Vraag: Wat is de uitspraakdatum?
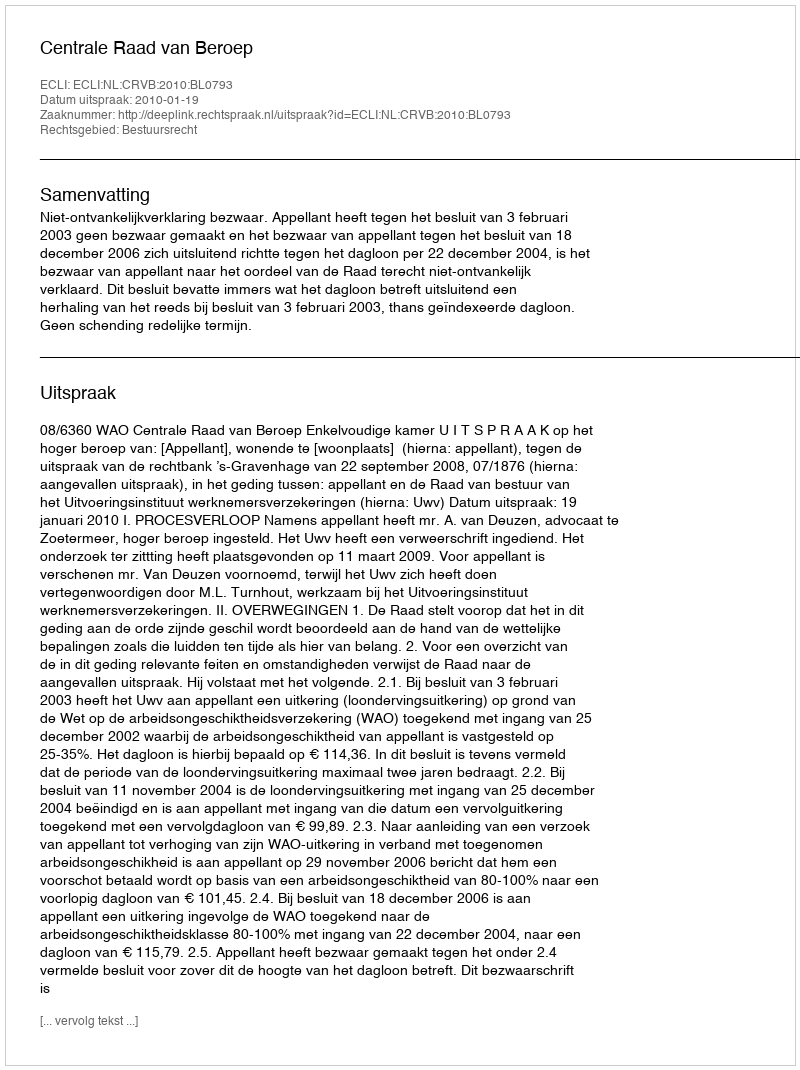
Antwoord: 2010-01-19